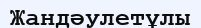
Жандәулетұлы